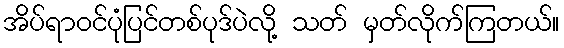
အိပ်ရာဝင်ပုံပြင်တစ်ပုဒ်ပဲလို့ သတ် မှတ်လိုက်ကြတယ်။